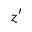
z ^ { \prime }